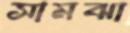
সামঝা